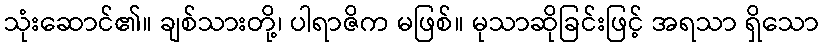
သုံးဆောင်၏။ ချစ်သားတို့၊ ပါရာဇိက မဖြစ်။ မုသာဆိုခြင်းဖြင့် အရသာ ရှိသော